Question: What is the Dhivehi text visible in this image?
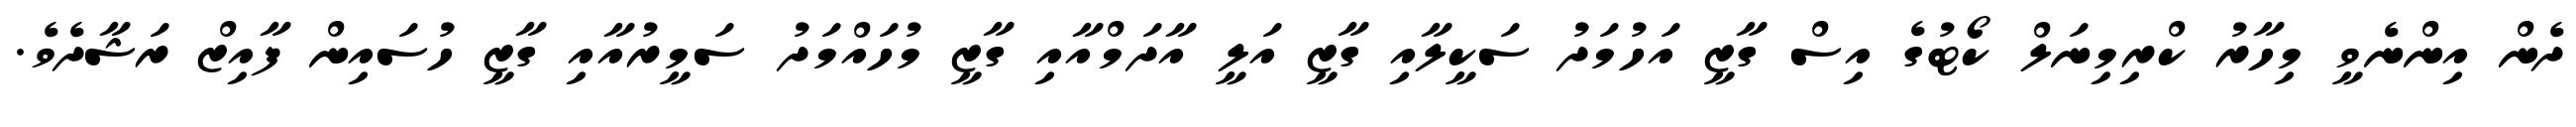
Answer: ދެން އިންނެވީ މިހާރު ކްރިމިނަލް ކޯޓުގެ އިސް ގާޒީ އަހުމަދު ސަކީލާއި ގާޒީ އަލީ އާދަމްއާއި ގާޒީ މުހައްމަދު ސަމީރުއާއި ގާޒީ ހުސައިން ފާއިޒް ރަޝާދެވެ.